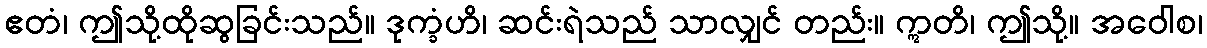
ဧတံ၊ ဤသို့ထိုဆွခြင်းသည်။ ဒုက္ခံဟိ၊ ဆင်းရဲသည် သာလျှင် တည်း။ ဣတိ၊ ဤသို့။ အဝေါစ၊